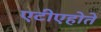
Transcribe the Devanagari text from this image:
एटीएहोते